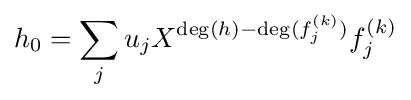
h_{0}=\sum _{j}u_{j}X^{\deg(h)-\deg(f_{j}^{(k)})}f_{j}^{(k)}